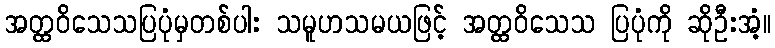
အတ္ထဝိသေသပြပုံမှတစ်ပါး သမူဟသမယဖြင့် အတ္ထဝိသေသ ပြပုံကို ဆိုဦးအံ့။